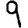
Digit: 9